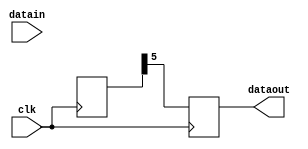
module delay_output
#(
    parameter integer LENGTH = 8
)
(
    input clk,
    input datain,
    output reg dataout
);

reg [LENGTH-1:0] delay_chain;
integer i = 0;

always @(posedge clk)
begin
    delay_chain[0] <= datain;
    for(i = 1; i < LENGTH-1; i = i + 1)
        delay_chain[i+1] <= delay_chain[i];
    dataout <= delay_chain[LENGTH-1];
end

endmodule